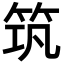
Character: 筑